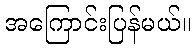
အကြောင်းပြန်မယ်။